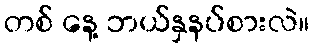
တစ် နေ့ ဘယ်နှနပ်စားလဲ။